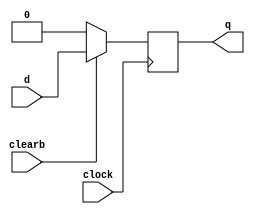
module dff_sync_clear(d, clearb, clock, q);
	input d, clearb, clock;
	output q;
	reg q;
	
	always@(posedge clock)
	begin
		if(!clearb) q <= 1'b0;
		else q <=d;
	end
endmodule